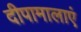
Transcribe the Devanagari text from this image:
दीपामालाएं